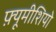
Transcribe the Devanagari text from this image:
फ़्यूमीशियो